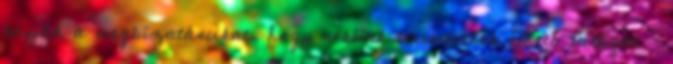
kapják a megbízatásukat, hogy nekünk teremtsenek élhető világot –